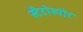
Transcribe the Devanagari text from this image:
स्टैटोस्पोर